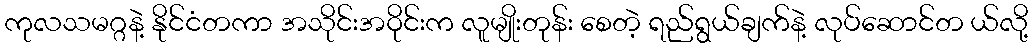
ကုလသမဂ္ဂနဲ့ နိုင်ငံတကာ အသိုင်းအဝိုင်းက လူမျိုးတုန်း စေတဲ့ ရည်ရွယ်ချက်နဲ့ လုပ်ဆောင်တ ယ်လို့